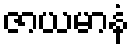
ဇာယမာနံ